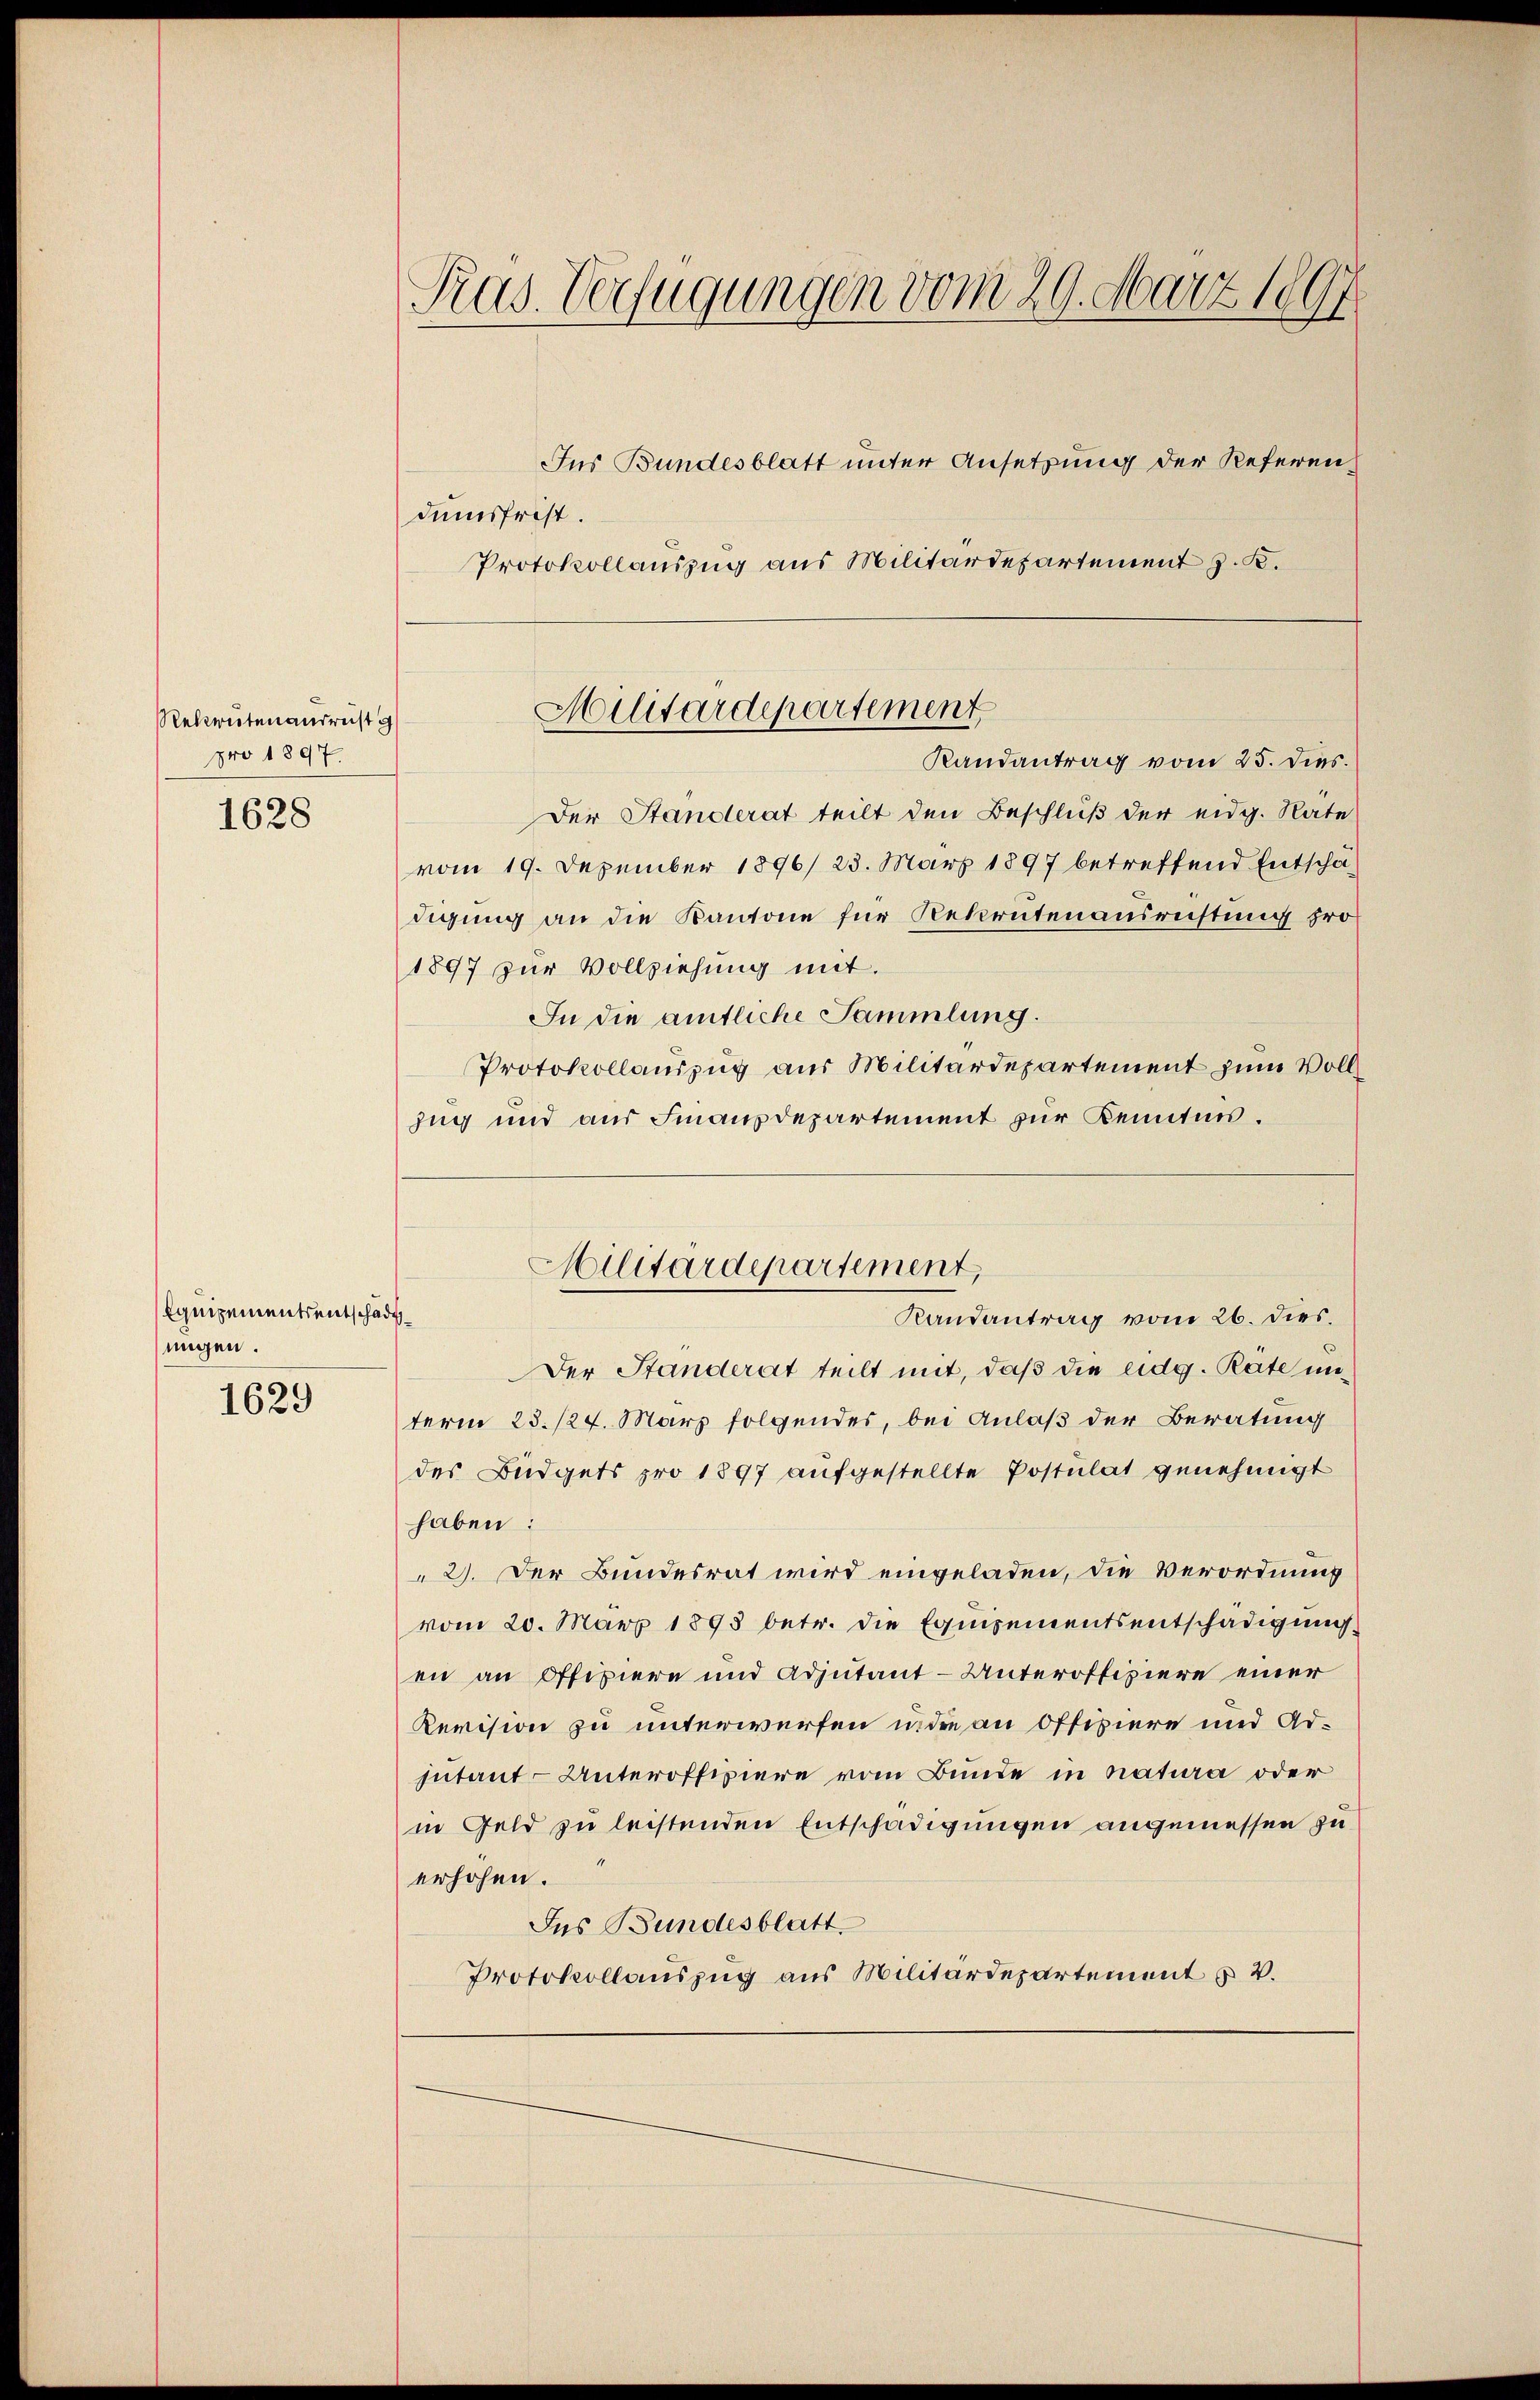
Rekrutenausrust g
pro 1897.

1628

Equipements entschädi
nügen.
1629

Pras. Verfügungen vom 29. März 1897.

Jus Bundesblatt unter Ansetzung der Referen
dumsfrist.
Protokollauszug aus Militärdepartement z. B.

Der Standerat teilt den Beschluß der eidg. Nate
vom 19. Dezember 1896/23. März 1897 betreffend Entschädigung an die Kantone für Rekrutenausrichtung pro
1897 zur Vollziehung mit.
In die amtliche Sammlung.
Protokollauszug aus Militärdepartement zum Voll
zug und aus Finanzdepartement zur Kenntnis.

Militärdepartement
Randantrag vom 25. dies.

Der Standerat teilt mit, daß die eidg. Räte unterm 23./27. März folgendes, bei Anlaß der Beratung
des Büdgets pro 1897 aufgestellte Postulat genehmigt
haben:
2). Der Bundesrat wird eingeladen, die Verordnung
vom 20. März 1895 betr. die Equipementsentschädigung
en an Offiziere und Adjutant-Unteroffiziere einer
Revision zu unterwerfen in die an Offiziere und Adjutant- Unteroffiziere vom Bunde in natura oder
in Geld zu leistenden Entschädigungen angemessen zu
erhöhen.
Ins Bundesblatt.
Protokollauszug aus Militärdepartement u. 2.

Militärdepartement,
Randantrag vom 26. dies.